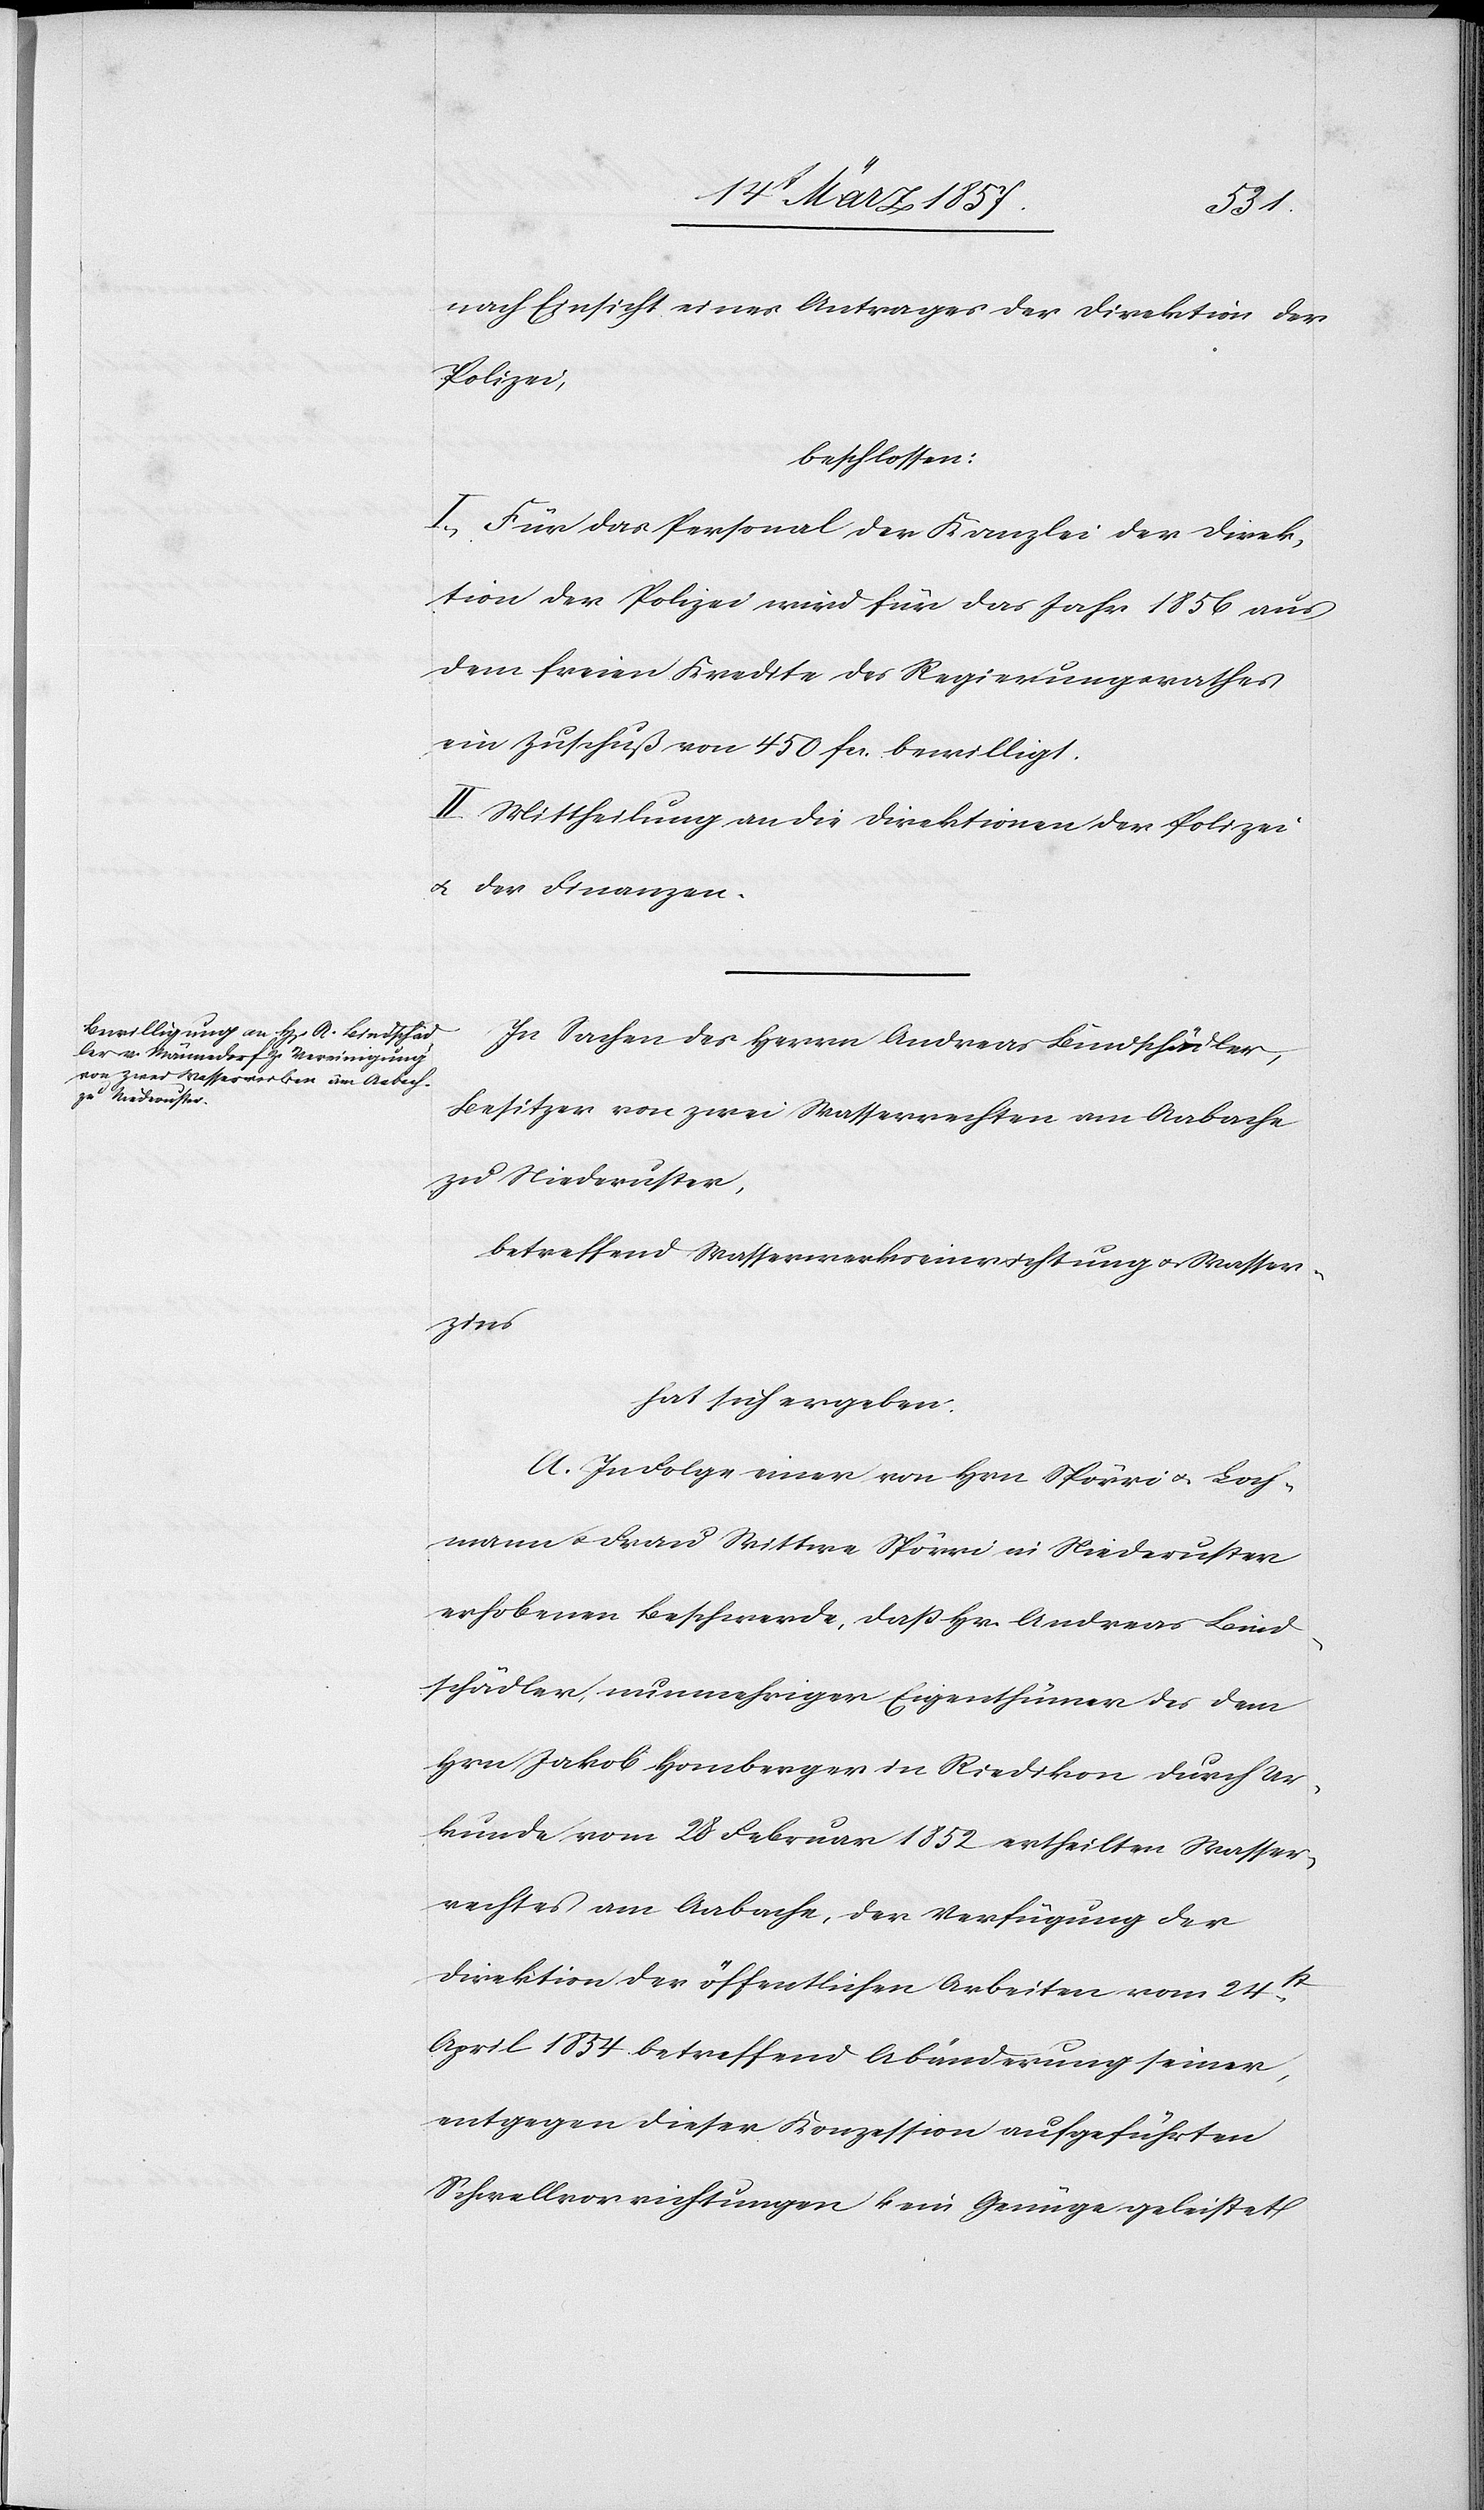
nach Einsicht eines Antrages der Direktion der
Polizei,
beschlossen:
I. Für das Personal der Kanzlei der Direk¬
tion der Polizei wird für das Jahr 1856 aus
dem freien Kredite des Regierungsrathes
ein Zuschuß von 450 fr. bewilligt.
II. Mittheilung an die Direktion der Polizei
u. der Finanzen.
In Sachen des Herrn Andreas Bindschädler,
Besitzer von zwei Wasserrechten am Aabache
zu Niederuster,
betreffend Wasserwerkseinrichtung u. Wasser¬
zins
hat sich ergeben:
A. In Folge einer von Hrn Spörri u. Loch¬
mann u. Frau Wittwe Spörri in Niederuster
erhobenen Beschwerde, daß Hr. Andreas Bind¬
schädler, nunmehriger Eigenthümer des dem
Hrn Jakob Homberger in Riedikon durch Ur¬
kunde vom 28 Februar 1852 ertheilten Wasser¬
rechtes am Aabache, der Verfügung der
Direktion der öffentlichen Arbeiten vom 24st
April 1854 betreffend Abänderung seiner,
entgegen dieser Konzession aufgeführten
Schwellvorrichtungen kein Genüge geleistet